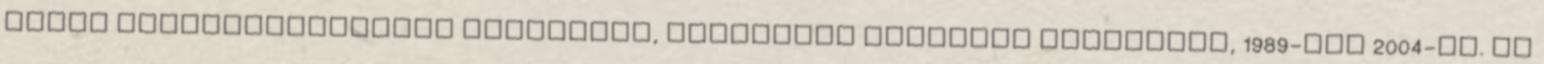
nyolc koncertfelvételt tartalmaz, kizárólag ausztrál turnékról, 1989-től 2004-ig. Az